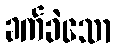
ခက်ခဲသော